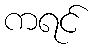
ကရင်